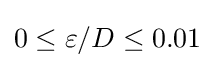
0\leq \varepsilon /D\leq 0.01